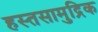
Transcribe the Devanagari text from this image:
हस्तसामुद्रिक